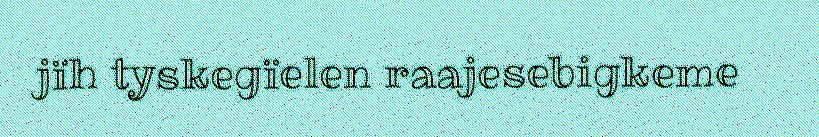
jïh tyskegïelen raajesebigkeme